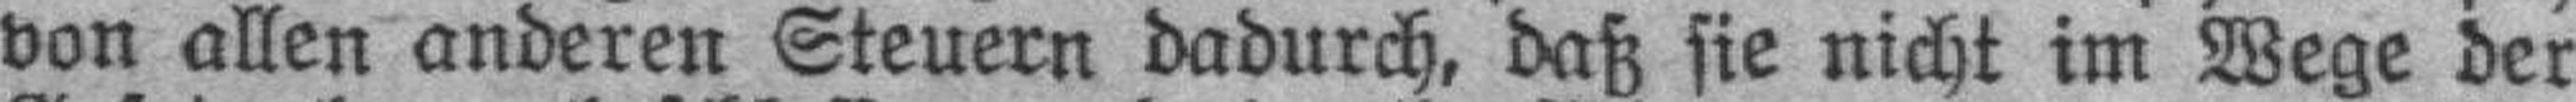
von allen anderen Steuern dadurch, daß sie nicht im Wege der